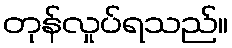
တုန်လှုပ်ရသည်။